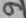
Text: 9